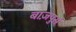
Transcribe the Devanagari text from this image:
बाज़पुर्स